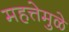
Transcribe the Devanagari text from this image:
महत्तेमुळे